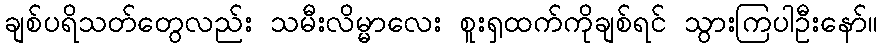
ချစ်ပရိသတ်တွေလည်း သမီးလိမ္မာလေး စူးရှထက်ကိုချစ်ရင် သွားကြပါဦးနော်။